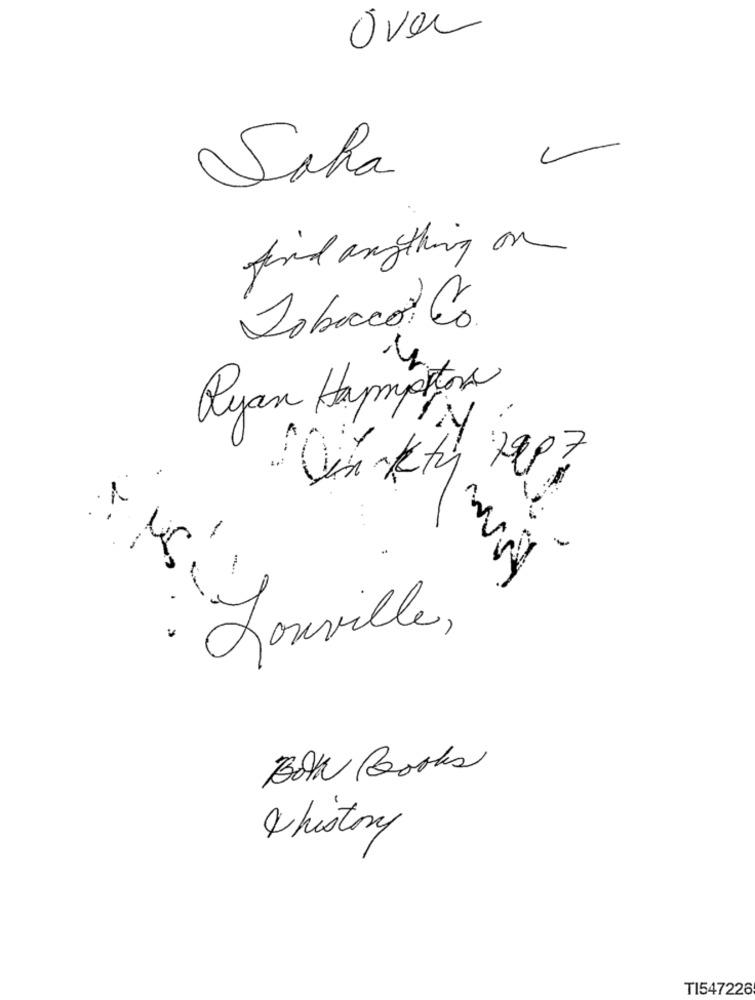
Over
L
Saha
find anything on
Tobacco Co.
Ryan Hampton
.-
Vin Kty 7987
Louville ,
Both Books
Vhistory
TI547226